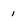
Character: 1